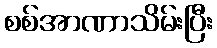
စစ်အာဏာသိမ်းပြီး